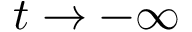
t \to - \infty